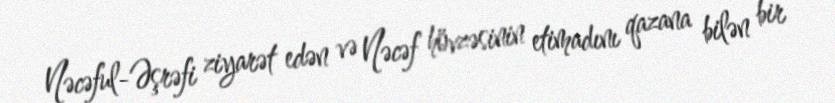
Nəcəful-Əşrəfi ziyarət edən və Nəcəf hövzəsinin etimadını qazana bilən bir